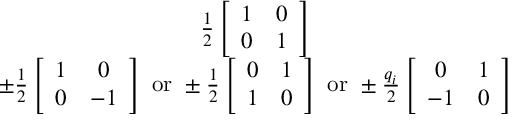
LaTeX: \begin{array} { c } { { \frac { 1 } { 2 } \left[ \begin{array} { c c } { { 1 } } & { { 0 } } \\ { { 0 } } & { { 1 } } \end{array} \right] } } \\ { { \pm \frac { 1 } { 2 } \left[ \begin{array} { c c } { { 1 } } & { { 0 } } \\ { { 0 } } & { { - 1 } } \end{array} \right] \mathrm { ~ o r ~ } \pm \frac { 1 } { 2 } \left[ \begin{array} { c c } { { 0 } } & { { 1 } } \\ { { 1 } } & { { 0 } } \end{array} \right] \mathrm { ~ o r ~ } \pm \frac { q _ { i } } { 2 } \left[ \begin{array} { c c } { { 0 } } & { { 1 } } \\ { { - 1 } } & { { 0 } } \end{array} \right] } } \end{array}